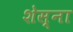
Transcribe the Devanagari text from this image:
शेस्ना